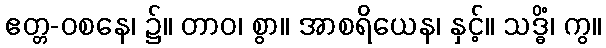
ဧတ္တ-ဝစနေ၊ ၌။ တာဝ၊ စွာ။ အာစရိယေန၊ နှင့်။ သဒ္ဓိံ၊ ကွ။